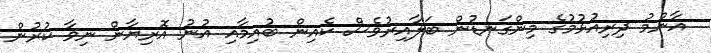
އާންމު ދިރިއުޅުމުގެ މިންގަނޑުން ބަލާއިރުވެސް ކެއިން ބުއިމާއި އުނު އޮރިޔާން ނިވާ ކުރުން